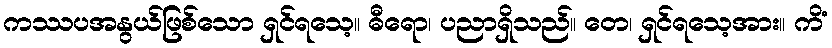
ကဿပအနွယ်ဖြစ်သော ရှင်ရသေ့။ ဓီရော၊ ပညာရှိသည်။ တေ၊ ရှင်ရသေ့အား။ ကိံ